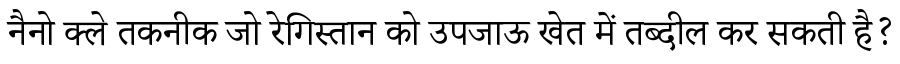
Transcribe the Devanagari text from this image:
नैनो क्ले तकनीक जो रेगिस्तान को उपजाऊ खेत में तब्दील कर सकती है?